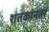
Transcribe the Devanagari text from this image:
शतकांनतर